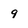
Character: 9